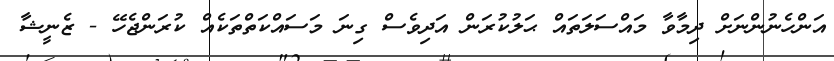
އަންހެނުންނަށް ދިމާވާ މައްސަލަތައް ޙަލުކުރަން އަދިވެސް ގިނަ މަސައްކަތްތަކެއް ކުރަންޖެހޭ - ޒެނީޝާ